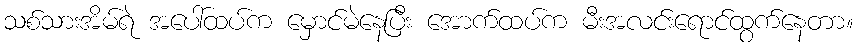
သစ်သားအိမ်ရဲ အပေါ်ထပ်က မှောင်မဲနေပြီး အောက်ထပ်က မီးအလင်းရောင်ထွက်နေတာ။